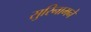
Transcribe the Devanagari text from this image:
सुरिनामने